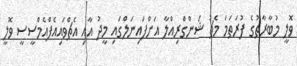
ވޮލީ މުބާރާތުގެ ފުރަތަމަ މެޗު ޝަންގްރިއްލާ އަށްފައިނަލްގައި މީދު އާއި އެޗްވައިއެފްއެމްސީސީ ވޮލީ